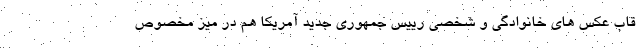
قاب عکس های خانوادگی و شخصی رییس جمهوری جدید آمریکا هم در میز مخصوص